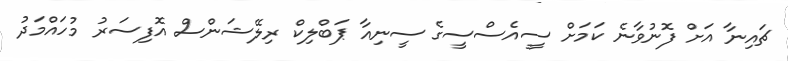
ޗައިނާ އަށް ފޮނުވާނެ ކަމަށް ސީއެސްސީގެ ސީނިއާ ޕަބްލިކް ރިލޭޝަންސް އޮފިސަރު މުހައްމަދު